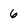
Character: 6